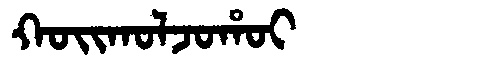
Manchu: ᡴᠣᡳᡴᠣᠯᠵᠣᡥᠣᡳ
Romanization: KOIKOLJOHOI